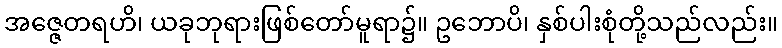
အဇ္ဇေတရဟိ၊ ယခုဘုရားဖြစ်တော်မူရာ၌။ ဥဘောပိ၊ နှစ်ပါးစုံတို့သည်လည်း။